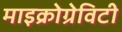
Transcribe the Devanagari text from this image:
माइक्रोग्रेविटी